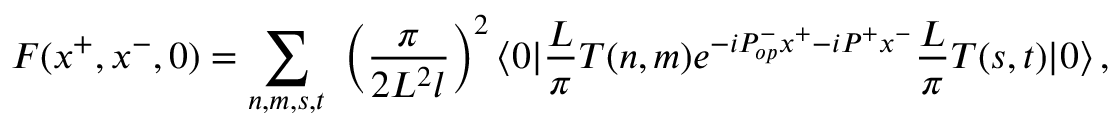
F ( x ^ { + } , x ^ { - } , 0 ) = \sum _ { n , m , s , t } \, \, \left( \frac { \pi } { 2 L ^ { 2 } l } \right) ^ { 2 } \langle 0 | \frac { L } { \pi } T ( n , m ) e ^ { - i P _ { o p } ^ { - } x ^ { + } - i P ^ { + } x ^ { - } } \frac { L } { \pi } T ( s , t ) | 0 \rangle \, ,